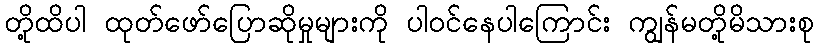
တို့ထိပါ ထုတ်ဖော်ပြောဆိုမှုများကို ပါဝင်နေပါကြောင်း ကျွန်မတို့မိသားစု